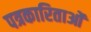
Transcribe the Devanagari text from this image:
पत्रकारिताओं